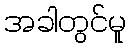
အခါတွင်မူ